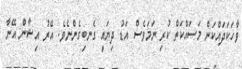
ވާހަކަދައްކަން މަސައްކަތް ކުރި ނަމަވެސް އަޑު ދިޔައީ ގެނބިގެންނެވެ. އޭރު އިޝާން އޭނާ